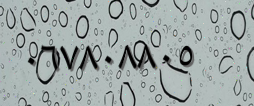
٠٦٧٨٠٨٨٠٥